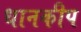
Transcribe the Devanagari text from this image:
धानकीप